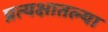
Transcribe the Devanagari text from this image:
प्रत्यक्षातल्या